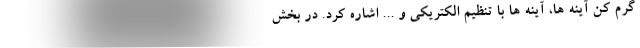
گرم کن آینه ها، آینه ها با تنظیم الکتریکی و ... اشاره کرد. در بخش